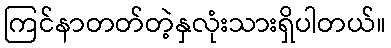
ကြင်နာတတ်တဲ့နှလုံးသားရှိပါတယ်။